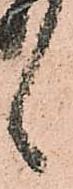
候